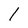
Character: l